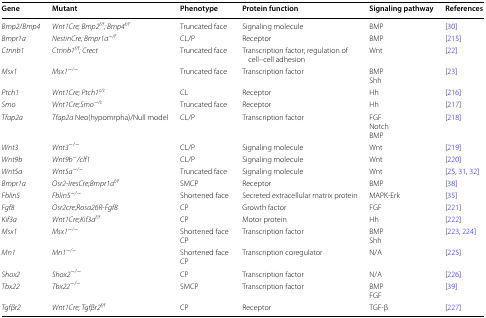
| Gene | Mutant | Phenotype | Protein function | Signaling pathway | References |
 | --- | --- | --- | --- | --- | --- |
 | Bmp2/Bmp4 | Wnt1Cre; Bmp2f/f; Bmp4f/f | Truncated face | Signaling molecule | BMP | [30] |
 | Bmpr1a | NestinCre; Bmpr1a−/f | CL/P | Receptor | BMP | [215] |
 | Ctnnb1 | Ctnnb1f/f; Crect | Truncated face | Transcription factor; regulation of cell–cell adhesion | Wnt | [22] |
 | Msx1 | Msx1−/− | Truncated face | Transcription factor | BMPShh | [23] |
 | Ptch1 | Wnt1Cre; Ptch1c/c | CL | Receptor | Hh | [216] |
 | Smo | Wnt1Cre;Smo−/c | Truncated face | Receptor | Hh | [217] |
 | Tfap2a | Tfap2a Neo(hypomrpha)/Null model | CL/P | Transcription factor | FGFNotchBMP | [218] |
 | Wnt3 | Wnt3−/− | CL/P | Signaling molecule | Wnt | [219] |
 | Wnt9b | Wnt9b−/clf1 | CL/P | Signaling molecule | Wnt | [220] |
 | Wnt5a | Wnt5a−/− | Truncated face | Signaling molecule | Wnt | [25, 31, 32] |
 | Bmpr1a | Osr2-IresCre;Bmpr1af/f | SMCP | Receptor | BMP | [38] |
 | Fblin5 | Fblin5−/− | Shortened face | Secreted extracellular matrix protein | MAPK-Erk | [35] |
 | Fgf8 | Osr2cre;Rosa26R-Fgf8 | CP | Growth factor | FGF | [221] |
 | Kif3a | Wnt1Cre;Kif3af/f | CP | Motor protein | Hh | [222] |
 | Msx1 | Msx1−/− | Shortened faceCP | Transcription factor | BMPShh | [223, 224] |
 | Mn1 | Mn1−/− | Shortened faceCP | Transcription coregulator | N/A | [225] |
 | Shox2 | Shox2−/− | CP | Transcription factor | N/A | [226] |
 | Tbx22 | Tbx22−/− | SMCP | Transcription factor | BMPFGF | [39] |
 | Tgfβr2 | Wnt1Cre; Tgfβr2f/f | CP | Receptor | TGF-β | [227] |